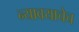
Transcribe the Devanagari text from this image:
न्यावयाचेच